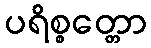
ပရိစ္စတ္တော